Insane asylums Bombay 1873-77 - 1873-1877
Year: 1873
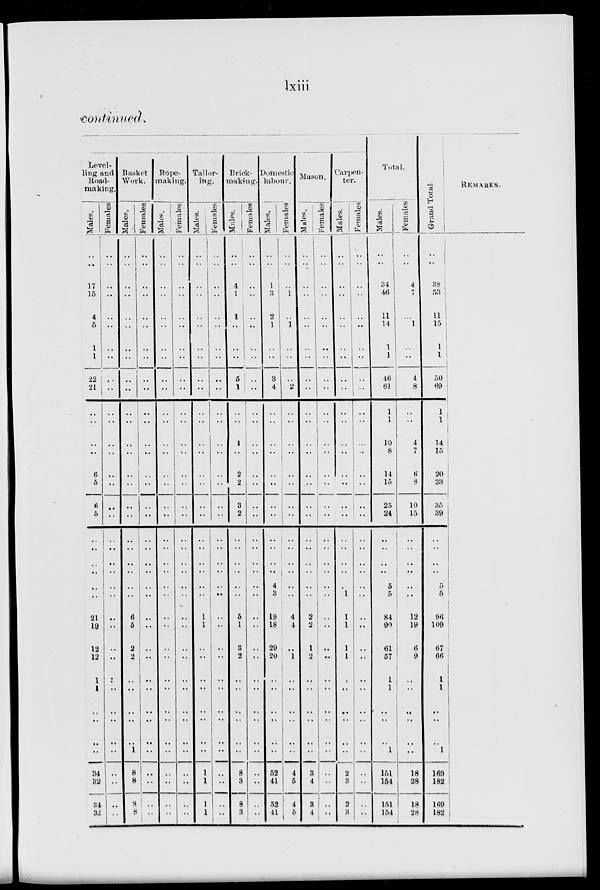
lxiii
continued.
Level-
ling and
Road-
making.
Males.
..
..
17
15
4
5
1
1
22
21
..
..
..
..
6
5
6
5
..
..
..
..
..
..
21
19
12
12
1
1
..
..
..
..
34
32
34
32
Females.
..
..
..
..
..
..
..
..
..
..
..
..
..
..
..
..
..
..
..
..
..
..
..
..
..
..
..
..
..
..
..
..
..
..
..
..
..
..
Basket
Work.
Males.
..
..
..
..
..
..
..
..
..
..
..
..
..
..
..
..
..
..
..
..
..
..
..
..
6
5
2
2
..
..
..
..
..
1
8
8
8
8
Females.
..
..
..
..
..
..
..
..
..
..
..
..
..
..
..
..
..
..
..
..
..
..
..
..
..
..
..
..
..
..
..
..
..
..
..
..
..
..
Rope-
making.
Males.
..
..
..
..
..
..
..
..
..
..
..
..
..
..
..
..
..
..
..
..
..
..
..
..
..
..
..
..
..
..
..
..
..
..
..
..
..
..
Females.
..
..
..
..
..
..
..
..
..
..
..
..
..
..
..
..
..
..
..
..
..
..
..
..
..
..
..
..
..
..
..
..
..
..
..
..
..
..
Tailor-
ing.
Males.
..
..
..
..
..
..
..
..
..
..
..
..
..
..
..
..
..
..
..
..
..
..
..
..
1
1
..
..
..
..
..
..
..
..
1
1
1
1
Females.
..
..
..
..
..
..
..
..
..
..
..
..
..
..
..
..
..
..
..
..
..
..
..
..
..
..
..
..
..
..
..
..
..
..
..
..
..
..
Brick-
making.
Males.
..
..
4
1
1
..
..
..
5
1
..
..
1
..
2
2
3
2
..
..
..
..
..
..
5
1
3
2
..
..
..
..
..
..
8
3
8
3
Females.
..
..
..
..
..
..
..
..
..
..
..
..
..
..
..
..
..
..
..
..
..
..
..
..
..
..
..
..
..
..
..
..
..
..
..
..
..
..
Domestic
labour.
Males.
..
..
1
3
2
1
..
..
3
4
..
..
..
..
..
..
..
..
..
..
..
..
4
3
19
18
29
20
..
..
..
..
..
..
52
41
52
41
Females.
..
..
..
1
..
1
..
..
..
2
..
..
..
..
..
..
..
..
..
..
..
..
..
..
4
..
..
1
..
..
..
..
..
..
4
5
4
5
Mason.
Males.
..
..
..
..
..
..
..
..
..
..
..
..
..
..
..
..
..
..
..
..
..
..
..
..
2
2
1
2
..
..
..
..
..
..
3
4
3
4
Females.
..
..
..
..
..
..
..
..
..
..
..
..
..
..
..
..
..
..
..
..
..
..
..
..
..
..
..
..
..
..
..
..
..
..
..
..
..
..
Carpen-
ter.
Males.
..
..
..
..
..
..
..
..
..
..
..
..
..
..
..
..
..
..
..
..
..
..
..
1
1
1
1
1
..
..
..
..
..
..
2
3
2
3
Females.
..
..
..
..
..
..
..
..
..
..
..
..
..
..
..
..
..
..
..
..
..
..
..
..
..
..
..
..
..
..
..
..
..
..
..
..
..
..
Total.
Males.
..
..
34
46
11
14
1
1
46
61
1
1
10
8
14
15
25
24
..
..
..
..
5
5
84
90
61
57
1
1
..
..
..
1
151
154
151
154
Females.
..
..
4
7
..
1
..
..
4
8
..
..
4
7
6
8
10
15
..
..
..
..
..
..
12
19
6
9
..
..
..
..
..
..
18
28
18
28
Grand Total.
..
..
38
53
11
15
1
1
50
69
1
1
14
15
20
23
35
39
..
..
..
..
5
5
96
109
67
66
1
1
..
..
..
1
169
182
169
182
REMARKS.